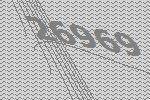
26969